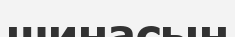
шинасын